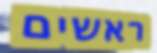
ראשים